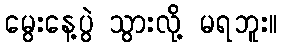
မွေးနေ့ပွဲ သွားလို့ မရဘူး။